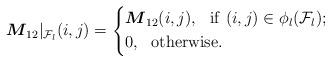
LaTeX: \begin{align*}\boldsymbol{M}_{12}|_{\mathcal F_l}(i,j)=\left \{\begin {aligned}&\boldsymbol{M}_{12}(i,j),~~{\rm if}\ (i,j)\in \phi_l({\mathcal F}_l);\\&0,~~{\rm otherwise}.\end {aligned}\right.\end{align*}